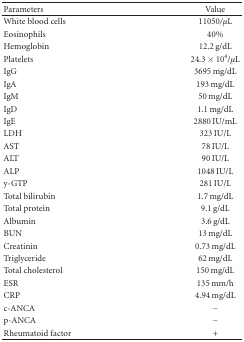
| Parameters | Value |
 | --- | --- |
 | White blood cells | 11050/μL |
 | Eosinophils | 40% |
 | Hemoglobin | 12.2 g/dL |
 | Platelets | 24.3 × 104/μL |
 | IgG | 3695 mg/dL |
 | IgA | 193 mg/dL |
 | IgM | 50 mg/dL |
 | IgD | 1.1 mg/dL |
 | IgE | 2880 IU/mL |
 | LDH | 323 IU/L |
 | AST | 78 IU/L |
 | ALT | 90 IU/L |
 | ALP | 1048 IU/L |
 | y-GTP | 281 IU/L |
 | Total bilirubin | 1.7 mg/dL |
 | Total protein | 9.1 g/dL |
 | Albumin | 3.6 g/dL |
 | BUN | 13 mg/dL |
 | Creatinin | 0.73 mg/dL |
 | Triglyceride | 62 mg/dL |
 | Total cholesterol | 150 mg/dL |
 | ESR | 135 mm/h |
 | CRP | 4.94 mg/dL |
 | c-ANCA | − |
 | p-ANCA | − |
 | Rheumatoid factor | + |